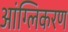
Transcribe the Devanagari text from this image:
आंग्लिकरण